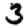
Digit: 3